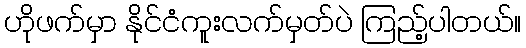
ဟိုဖက်မှာ နိုင်ငံကူးလက်မှတ်ပဲ ကြည့်ပါတယ်။